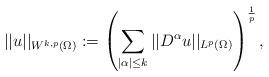
LaTeX: \begin{align*} ||u||_{W^{k,p}(\Omega)} := \left(\sum_{|\alpha| \leq k} ||D^{\alpha} u||_{L^p(\Omega)}\right)^{\frac{1}{p}}, \end{align*}